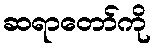
ဆရာတော်ကို